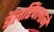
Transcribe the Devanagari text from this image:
डॅलरिंपलाने